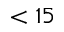
< 1 5